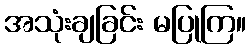
အသုံးချခြင်း မပြုကြ။